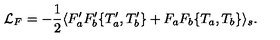
{ \cal L } _ { F } = - \frac { 1 } { 2 } \langle F _ { a } ^ { \prime } F _ { b } ^ { \prime } \{ T _ { a } ^ { \prime } , T _ { b } ^ { \prime } \} + F _ { a } F _ { b } \{ T _ { a } , T _ { b } \} \rangle _ { s } .